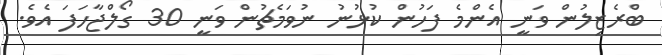
ބްރެޒިލުން ވަނީ އެންމެ ފަހުން ކުޅުނު ނުވަމެޗުން ވަނީ 30 ގޯލްޖާހަފަ އެވެ.